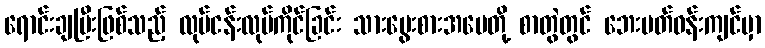
ရောင်းချပြီးဖြစ်သည့် လုပ်ငန်းလုပ်ကိုင်ခြင်း သားမွေးစားအမေတို့ စာတွဲတွင် ဘေးပတ်ဝန်းကျင်မှာ